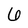
Character: 6